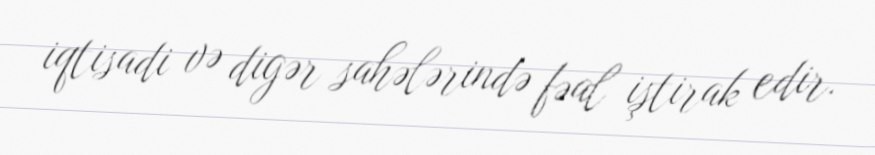
iqtisadi və digər sahələrində fəal iştirak edir.